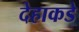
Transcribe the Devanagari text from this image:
देहाकडे